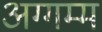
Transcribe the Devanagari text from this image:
अग्गम्म